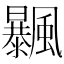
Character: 𩙕